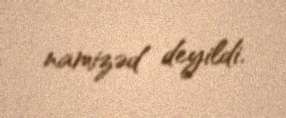
namizəd deyildi.